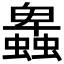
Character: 𧓎